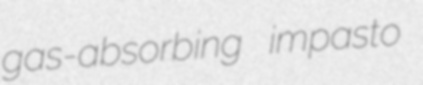
gas-absorbing impasto